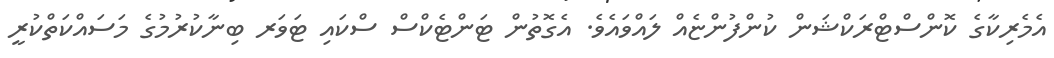
އެމެރިކާގެ ކޮންސްޓްރަކްޝަން ކުންފުންޏެއް ލައްވައެވެ. އެގޮތުން ޓަންޓެކްސް ސްކައި ޓަވަރ ބިނާކުރުމުގެ މަސައްކަތްކުރީ